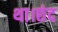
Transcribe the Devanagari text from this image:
था।छंद